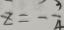
z = - \frac { 3 } { 4 }